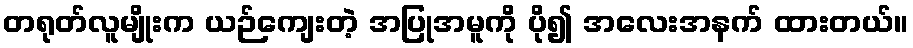
တရုတ်လူမျိုးက ယဉ်ကျေးတဲ့ အပြုအမူကို ပို၍ အလေးအနက် ထားတယ်။